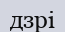
дзрі